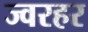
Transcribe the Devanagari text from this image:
ज्वरहर